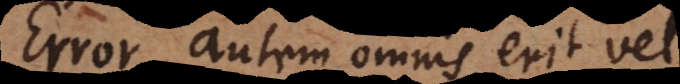
Error autem omnis erit vel